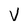
Character: V